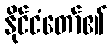
နိုင်ငံတော်၏